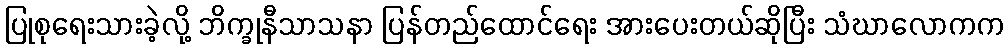
ပြုစုရေးသားခဲ့လို့ ဘိက္ခုနီသာသနာ ပြန်တည်ထောင်ရေး အားပေးတယ်ဆိုပြီး သံဃာလောကက